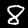
Label: 8